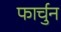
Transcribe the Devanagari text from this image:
फार्चुन